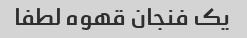
یک فنجان قهوه لطفا